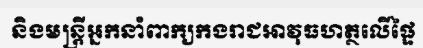
និងមន្ត្រីអ្នកនាំពាក្យកងរាជអាវុធហត្ថលើផ្ទៃ